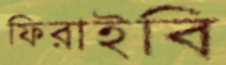
ফিরাইবি